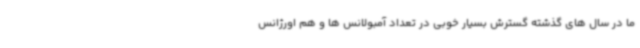
ما در سال های گذشته گسترش بسیار خوبی در تعداد آمبولانس ها و هم اورژانس